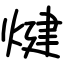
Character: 煡